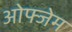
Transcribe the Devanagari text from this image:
ओफ्जेम